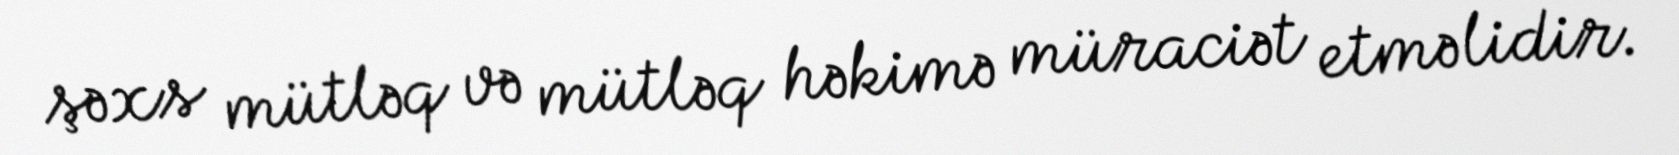
şəxs mütləq və mütləq həkimə müraciət etməlidir.